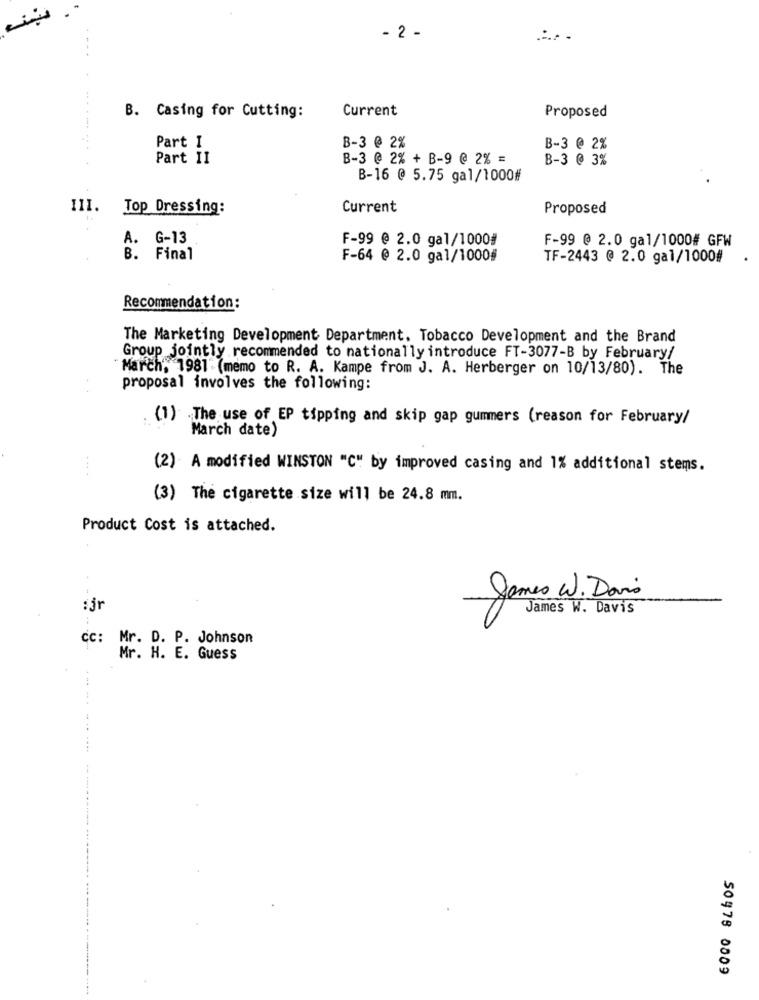
- 2 -
Current
B. Casing for Cutting:
Proposed
Part I
B-3 @ 2%
B-3 @ 2%
Part II
B-3 @ 2% + B-9 @ 2% =
B-3 @ 3%
B-16 @ 5.75 gal/1000#
111.
Top Dressing:
Current
Proposed
A. G-13
F-99 @ 2.0 gal/1000#
F-99 @ 2.0 gal/1000# GFW
B. Final
F-64 @ 2.0 gal/1000#
TF-2443 @ 2.0 gal/1000#
Recommendation:
The Marketing Development Department, Tobacco Development and the Brand
Group jointly recommended to nationally introduce FT-3077-B by February/
March, 1981 (memo to R. A. Kampe from J. A. Herberger on 10/13/80). The
proposal involves the following:
(1) The use of EP tipping and skip gap gummers (reason for February/
March date)
(2) A modified WINSTON "C" by improved casing and 1% additional stems.
(3) The cigarette size will be 24.8 mm.
Product Cost is attached.
James W. Davis
:jr
James W. Davis
CC: Mr. D. P. Johnson
Mr. H. E. Guess
..... ... ....
50978 0009